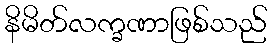
နိမိတ်လက္ခဏာဖြစ်သည်